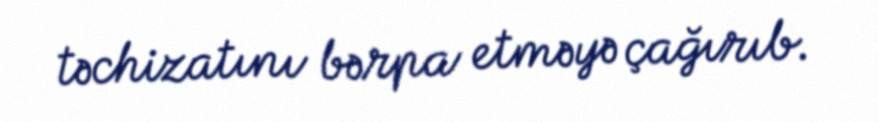
təchizatını bərpa etməyə çağırıb.